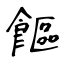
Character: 饇